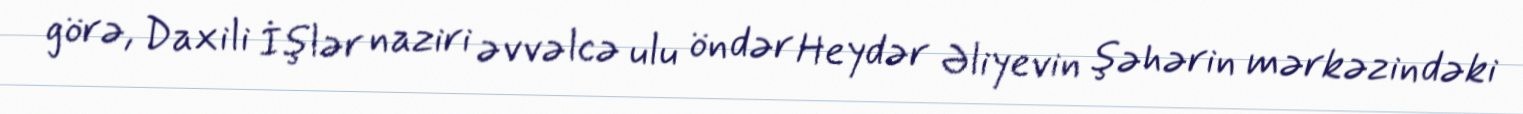
görə, Daxili İşlər naziri əvvəlcə ulu öndər Heydər Əliyevin şəhərin mərkəzindəki